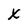
Character: x